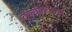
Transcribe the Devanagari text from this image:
वस्त्यांकरिता